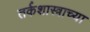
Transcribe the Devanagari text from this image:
तर्कशास्त्राच्या